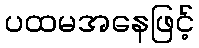
ပထမအနေဖြင့်